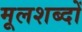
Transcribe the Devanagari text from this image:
मूलशब्दों